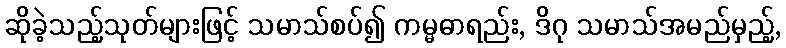
ဆိုခဲ့သည့်သုတ်များဖြင့် သမာသ်စပ်၍ ကမ္မဓာရည်း, ဒိဂု သမာသ်အမည်မှည့်,